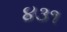
૪૩૧